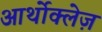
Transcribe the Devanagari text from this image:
आर्थोक्लेज़